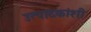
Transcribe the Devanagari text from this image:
उत्पादकांशी